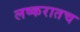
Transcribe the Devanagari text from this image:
लष्करातच